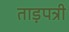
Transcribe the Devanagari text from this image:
ताड़पत्री